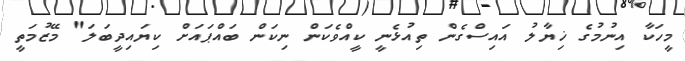
މީހަކާ އިނުމުގެ ޚިޔާލު އައިސްގެން ތިއުޅެނީ ކީއްވެކަން ނިކަން ބައްޕައަށް ކިޔައިދީބަލަ" މޭޒުމަތީ